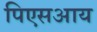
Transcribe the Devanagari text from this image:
पिएसआय